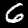
Digit: 6